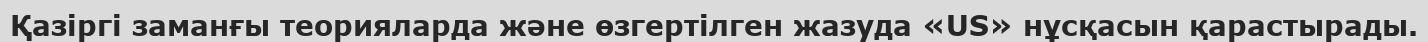
Қазіргі заманғы теорияларда және өзгертілген жазуда «US» нұсқасын қарастырады.